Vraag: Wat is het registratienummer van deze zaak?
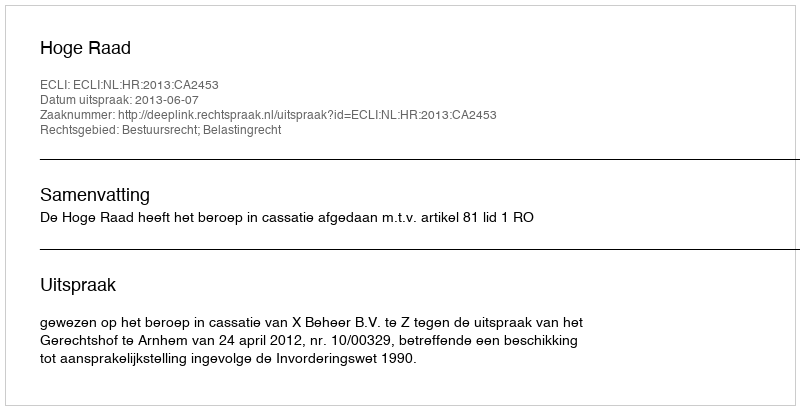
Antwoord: http://deeplink.rechtspraak.nl/uitspraak?id=ECLI:NL:HR:2013:CA2453